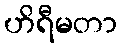
ဟိရီမတာ